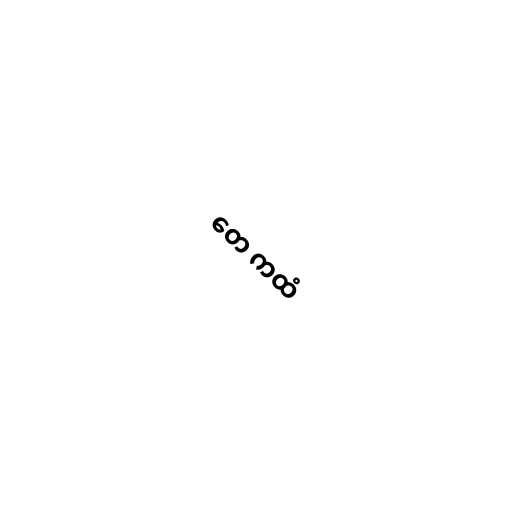
တေ ကထံ